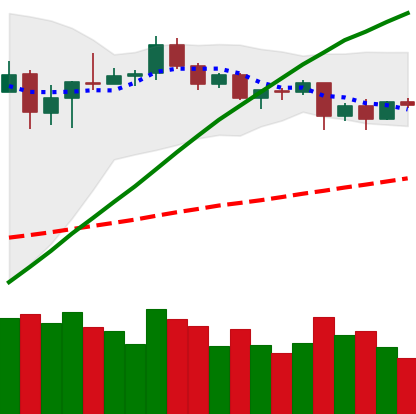
Ticker: BTC-USD
Chart end date: 2020-08-29
Forward return: -10.964%
Label: down_7plus